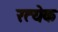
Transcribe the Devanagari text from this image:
रत्येक